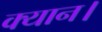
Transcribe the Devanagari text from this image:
क्यान।